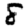
Digit: 8